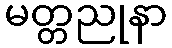
မတ္တညုနာ